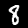
Digit: 8